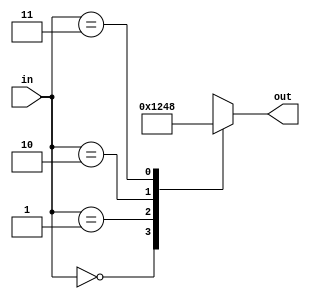
`timescale 1ns / 1ps
//////////////////////////////////////////////////////////////////////////////////
// Company: 
// Engineer: 
// 
// Design Name: 
// Module Name:    decoder_2_4 
// Project Name: 
// Target Devices: 
// Tool versions: 
// Description: 
//
// Dependencies: 
//
// Revision: 
// Revision 0.01 - File Created
// Additional Comments: 
//
//////////////////////////////////////////////////////////////////////////////////
module decoder_2_4(in,out);
input [1:0] in;
output reg [3:0] out;

always@(in) begin
case(in)
2'b00:out=4'b0001;
2'b01:out=4'b0010;
2'b10:out=4'b0100;
2'b11:out=4'b1000;
default:out=4'bxxxx;
endcase
end

endmodule